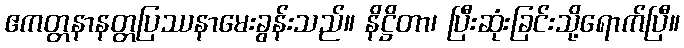
ဧကတ္တနာနတ္တပြဿနာမေးခွန်းသည်။ နိဋ္ဌိတာ၊ ပြီးဆုံးခြင်းသို့ရောက်ပြီ။